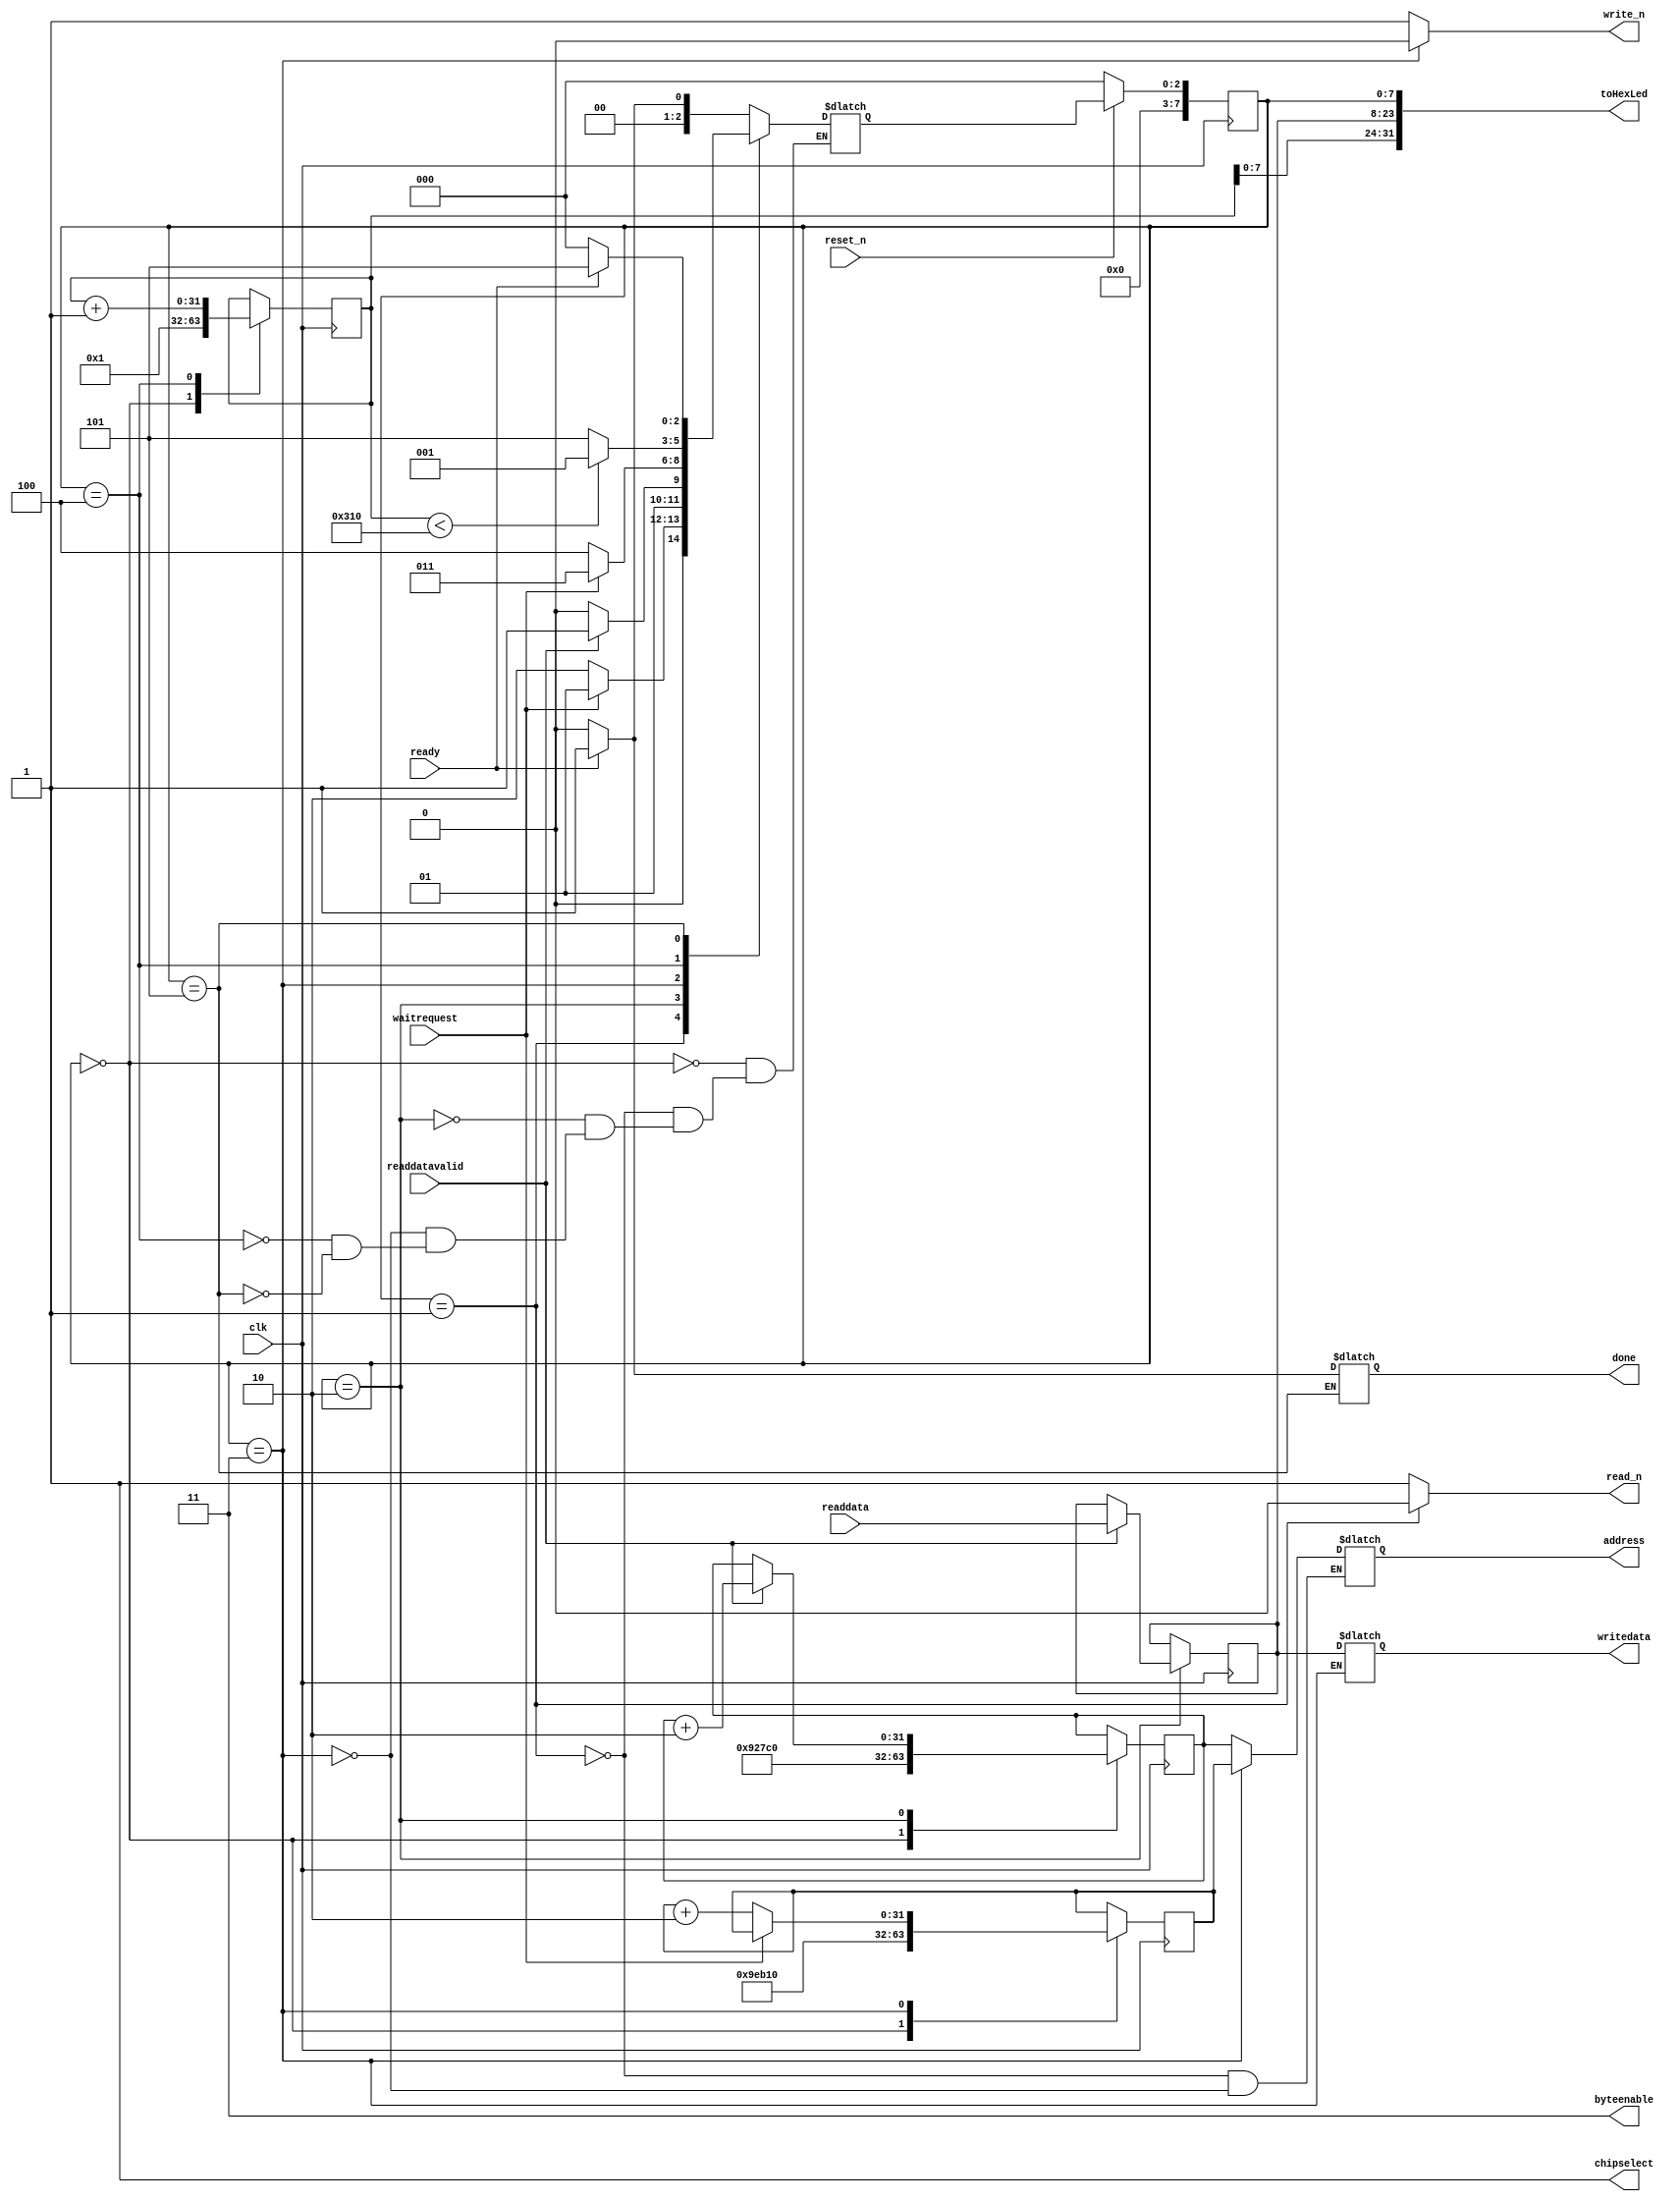
module read_td(
input clk,
input reset_n,
input waitrequest,
input readdatavalid,
input [15:0] readdata,

output chipselect,
output [1:0] byteenable,
output reg read_n,
output reg write_n,

output reg [15:0] writedata,
output reg [31:0] address,

input ready,
output reg done,
output [31:0] toHexLed
);



	reg [15:0] data = 16'hABCD;
	reg [7:0] state;
	reg [7:0] nextstate = 0;
	reg [31:0] addr = 600_000;
	reg [31:0] addw = 650_000;
	reg [31:0] counter = 1;

	assign toHexLed = {counter,data,state};

	assign chipselect = 1;
	assign byteenable = 2'b11;

	localparam base_img = 32'd600_000;
	localparam base_layer1 = 32'd650_000;
	
	always @ (posedge clk)
	begin
		state <= nextstate;
		if(reset_n == 0)
		begin
			state <= 0;
		end
	end

	always @ (posedge clk)
	begin
		counter <= counter;
		addr <= addr;
		addw <= addw;
		
		case(state)
			8'h0:
			begin
				counter <= 1;
				addr <= base_img;
				addw <= base_layer1;
			end

			// Read request
			8'h1:
			begin

			end

			// Read request pt2
			8'h2:
			begin
				data <= (readdatavalid) ? readdata : data;
				addr <= (readdatavalid) ? addr + 2 : addr;
			end

			// Write request
			8'h3:
			begin
				addw <= (waitrequest) ? addw : addw + 2;
			end

			8'h4:
			begin
				counter <= counter + 1;
			end

			8'h5:
			begin
			end
		endcase
	end

	always @ (*)
	begin
		read_n <= 1;
		write_n <= 1;
		address <= address;

		case(state [7:0])
			// Wait for ready == 1
			8'h0:
			begin
				nextstate <= (ready) ? 1 : 0;
			end

			// Read request
			8'h1:
			begin
				read_n <= 0;
				address <= addr;
				nextstate <= (waitrequest) ? 1 : 2;
			end

			// Read request pt2
			8'h2:
			begin
				nextstate <= (readdatavalid) ? 3 : 2;
			end

			// Write Request
			8'h3:
			begin
				write_n <= 0;
				address <= addw;
				writedata <= data;
				nextstate <= (waitrequest) ? 3 : 4;
			end

			8'h4:
			begin
				nextstate <= (counter < 784) ? 1 : 5;
			end

			8'h5:
			begin
				done <= (ready) ? 1 : 0;
				nextstate <= (ready) ? 5 : 0;
			end
		endcase
	end

endmodule

/*
module read_td(
input clk,
input reset_n,
input waitrequest,
input readdatavalid,
input [15:0] readdata,

output chipselect,
output [1:0] byteenable,
output reg read_n,
output reg write_n,

output reg [15:0] writedata,
output reg [31:0] address,

input ready,
output reg done,
output [31:0] toHexLed
);



	reg [15:0] data = 16'hABCD;
	reg [7:0] state;
	reg [7:0] nextstate = 0;
	reg [31:0] addr = 600_000;
	reg [31:0] addw = 650_000;
	reg [31:0] counter = 1;

	assign toHexLed = {counter,data,state};

	assign chipselect = 1;
	assign byteenable = 2'b11;

	localparam base_img = 32'd600_000;
	localparam base_layer1 = 32'd650_000;
	
	always @ (posedge clk)
	begin
		state <= nextstate;
		if(reset_n == 0)
		begin
			state <= 0;
		end
	end

	always @ (posedge clk)
	begin
		counter <= counter;
		addr <= addr;
		addw <= addw;
		
		case(state)
			IDLE:
			begin
				counter <= 1;
				addr <= base_img;
				addw <= base_layer1;
			end

			// Read request
			READ:
			begin

			end

			// Read request pt2
			WAIT:
			begin
				data <= (readdatavalid) ? readdata : data;
				addr <= (readdatavalid) ? addr + 2 : addr;
			end

			// Write request
			WRITE:
			begin
				addw <= (waitrequest) ? addw : addw + 2;
			end

			CONT:
			begin
				counter <= counter + 1;
			end

			DONE:
			begin
			end
		endcase
	end

	always @ (*)
	begin
		read_n <= 1;
		write_n <= 1;
		address <= address;

		case(state [7:0])
			// Wait for ready == 1
			IDLE:
			begin
				nextstate <= (ready) ? READ : IDLE;
			end

			// Read request
			READ:
			begin
				read_n <= 0;
				address <= addr;
				nextstate <= (!waitrequest) ? WAIT : READ;
			end

			// Read request pt2
			WAIT:
			begin
				nextstate <= (readdatavalid) ? WRITE : WAIT;
			end

			// Write Request
			WRITE:
			begin
				write_n <= 0;
				address <= addw;
				writedata <= data;
				nextstate <= (!waitrequest) ?  CONT : WRITE;
			end

			CONT:
			begin
				nextstate <= (counter < 784) ? READ : DONE;
			end

			DONE:
			begin
				done <= (ready) ? 1 : 0;
				nextstate <= (ready) ? DONE : IDLE;
			end
		endcase
	end

endmodule
*/